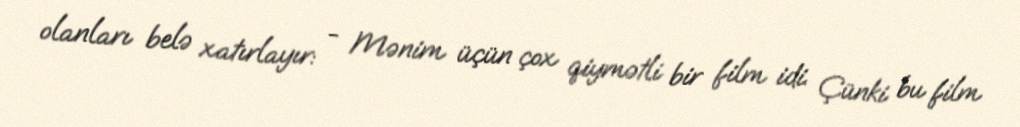
olanları belə xatırlayır: - Mənim üçün çox qiymətli bir film idi. Çünki bu film